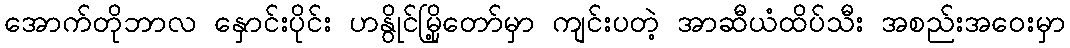
အောက်တိုဘာလ နှောင်းပိုင်း ဟနွိုင်မြို့တော်မှာ ကျင်းပတဲ့ အာဆီယံထိပ်သီး အစည်းအဝေးမှာ